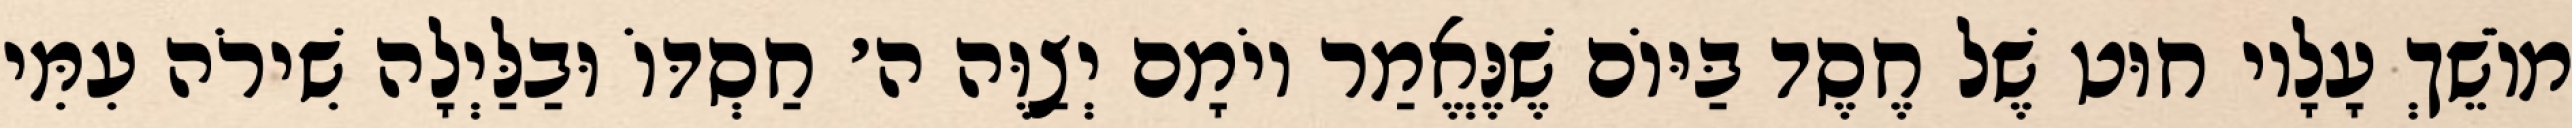
מוֹשֵׁךְ עָלָיו חוּט שֶׁל חֶסֶד בַּיּוֹם שֶׁנֶּאֱמַר יוֹמָם יְצַוֶּה ה׳ חַסְדּוֹ וּבַלַּיְלָה שִׁירֹה עִמִּי